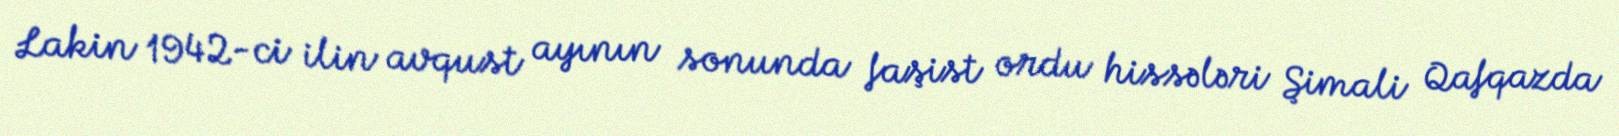
Lakin 1942-ci ilin avqust ayının sonunda faşist ordu hissələri Şimali Qafqazda